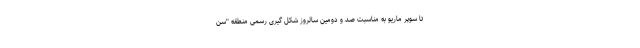
تا سوپر ماریو به مناسبت صد و دومین سالروز شکل گیری رسمی منطقه "سن